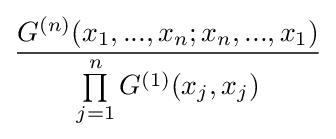
{\frac {G^{(n)}(x_{1},...,x_{n};x_{n},...,x_{1})}{\prod \limits _{j=1}^{n}G^{(1)}(x_{j},x_{j})}}